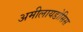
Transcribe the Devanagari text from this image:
अमीलायडोसिस